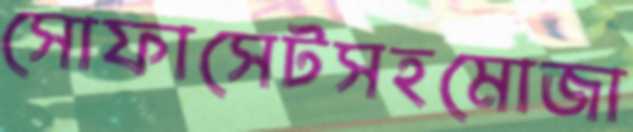
সোফাসেটসহমোজা